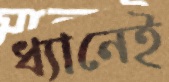
ধ্যানেই